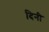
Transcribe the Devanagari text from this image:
दिनी